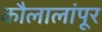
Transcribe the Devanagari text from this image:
कौलालांपूर